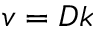
v = D k